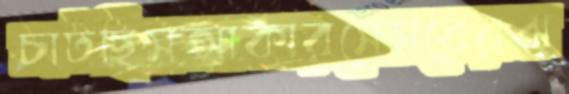
চাটছিসআকারসেসবেরঝ